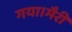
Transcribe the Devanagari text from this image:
गया।मैरी